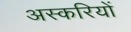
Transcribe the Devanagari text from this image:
अस्करियों